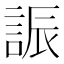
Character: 誫